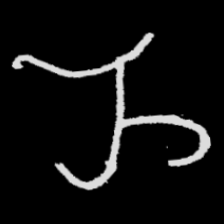
Pyu character \u2014 Myanmar letter: ည (romanized: nya)